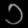
Digit: ၁